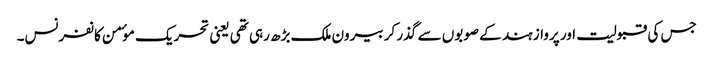
جس کی قبولیت اور پرواز ہند کے صوبوں سے گذر کر بیرون ملک بڑھ رہی تھی یعنی تحریک موٴمن کانفرنس۔